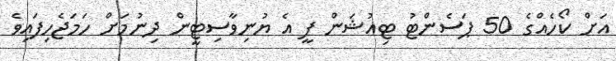
އަށް ކޯހެއްގެ 50 ޕަސެންޓު ޓިއުޝަން ފީ އެ ޔުނިވާސިޓީން ދިނުމަށް ހަމަޖެހިފައިވެ